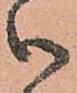
御